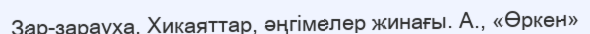
Зар-зарауха. Хикаяттар, әңгімелер жинағы. А., «Өркен»